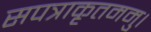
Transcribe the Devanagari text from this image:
सपत्राकृतममु।